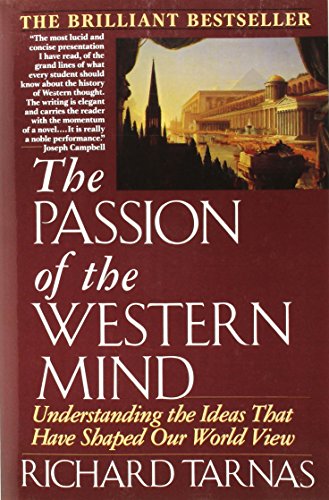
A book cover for The Passion of the Western Mind: Understanding the Ideas that Have Shaped Our World View; Richard Tarnas; Politics & Social Sciences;